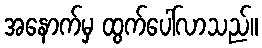
အနောက်မှ ထွက်ပေါ်လာသည်။